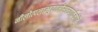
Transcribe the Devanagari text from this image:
नीलोत्पलाम्बुदतनोस्तरुणार्ककोटि